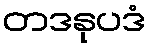
တဒနုပဒံ